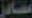
مصادر